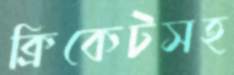
ক্রিকেটসহ